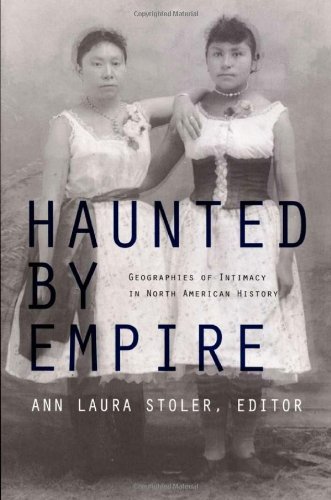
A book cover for Haunted by Empire: Geographies of Intimacy in North American History (American Encounters/Global Interactions); History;